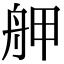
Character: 舺